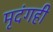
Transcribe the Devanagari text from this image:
मृदंगही